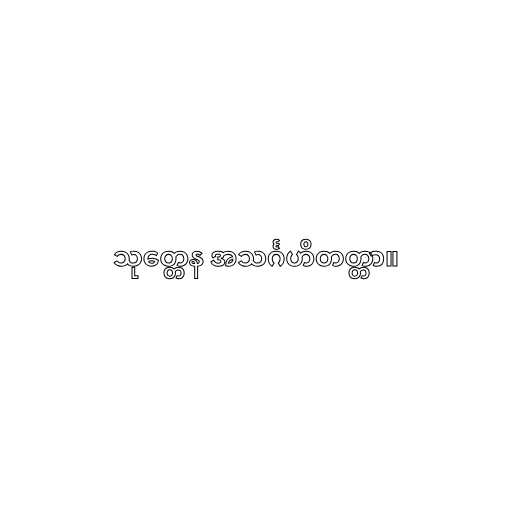
သုတ္တေန အသင်္ဂဟိတတ္တာ။